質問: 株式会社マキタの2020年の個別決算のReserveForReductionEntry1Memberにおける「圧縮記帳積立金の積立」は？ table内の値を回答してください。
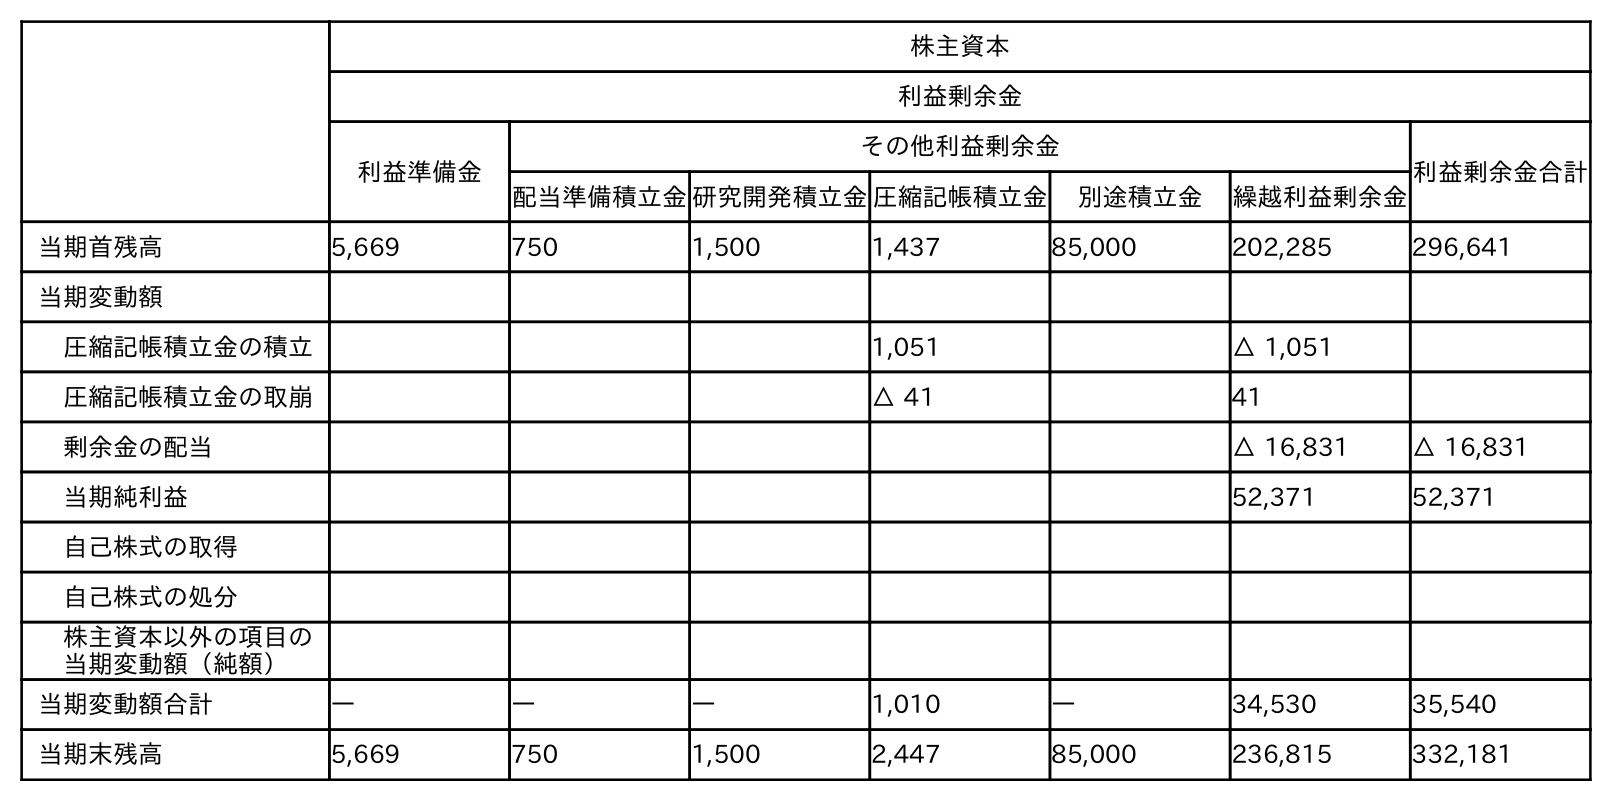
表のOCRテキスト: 株主資本 利益剰余金 利益準備金 その他利益剰余金 利益剰余金合計 配当準備積立金研究開発積立金圧縮記帳積立金 別途積立金 繰越利益剰余金 当期首残高 5,669 750 1,500 1,437 85,000 202,285 296,641 当期変動額 圧縮記帳積立金の積立 1,051 △ 1,051 圧縮記帳積立金の取崩 △ 41 41 剰余金の配当 △ 16,831 △ 16,831 当期純利益 52,371 52,371 自己株式の取得 自己株式の処分 株主資本以外の項目の 当期変動額（純額） 当期変動額合計 ― ― ― 1,010 ― 34,530 35,540 当期末残高 5,669 750 1,500 2,447 85,000 236,815 332,181
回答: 1,051